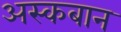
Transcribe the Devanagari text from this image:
अस्कबान